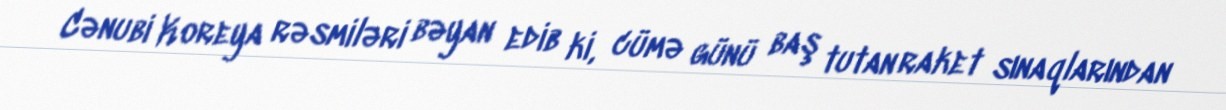
Cənubi Koreya rəsmiləri bəyan edib ki, cümə günü baş tutan raket sınaqlarından